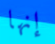
إنها